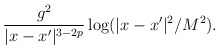
\begin{align*}\frac{g^{2}}{|x-x^{\prime}|^{3-2p}}\log(|x-x^{\prime}|^{2}/{M^{2}}).\end{align*}